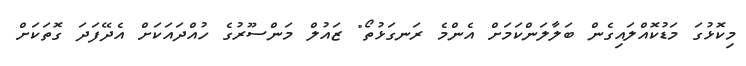
މިކޮޅުގަ މަޑުކޮއްލައިގެން ބަލާލަންކަމަށް އެންމެ ރަނގަޅުތޯ" ޒައުލް މަންސޫރުގެ ހުއްދައަކަށް އެދޭފަދަ ގޮތަކަށް